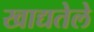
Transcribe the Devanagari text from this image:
खाद्यतेले